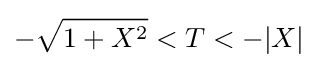
-{\sqrt {1+X^{2}}}<T<-\vert X\vert